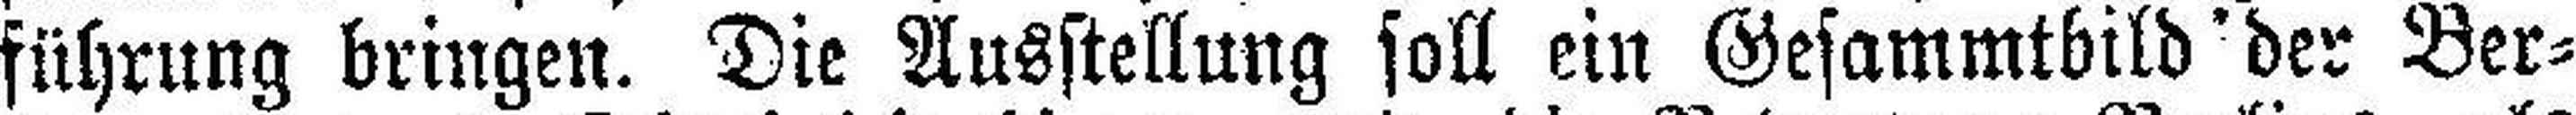
führung bringen. Die Ausstellung soll ein Gesammtbild der Ber¬